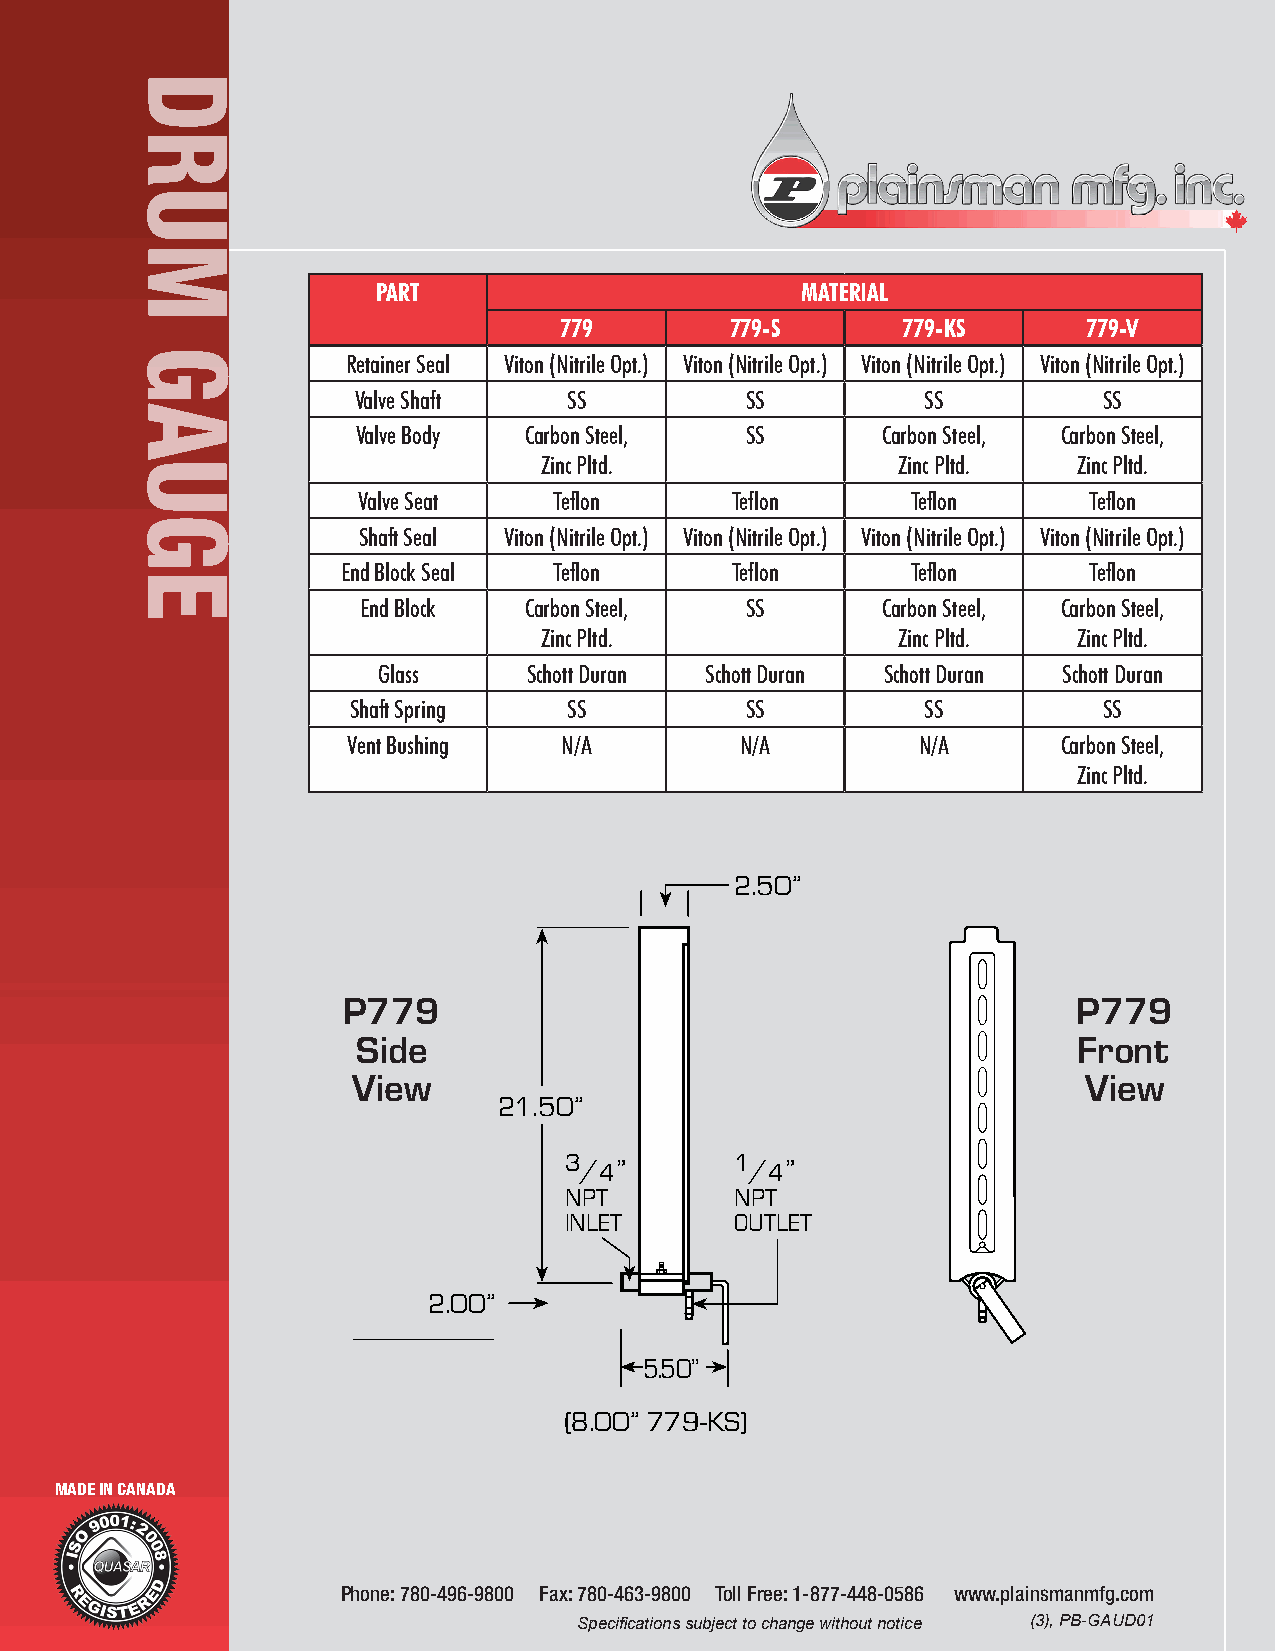
PART                        MATERIAL
 779        779-S       779-KS      779-V
 Retainer Seal Viton (Nitrile Opt.) Viton (Nitrile Opt.) Viton (Nitrile Opt.) Viton (Nitrile Opt.)
 Valve Shaft    SS         SS          SS          SS
 Valve Body Carbon Steel, SS       Carbon Steel, Carbon Steel,
 Zinc Pltd.             Zinc Pltd.  Zinc Pltd.
 Valve Seat   Teflon     Teflon      Teflon      Teflon
 Shaft Seal Viton (Nitrile Opt.) Viton (Nitrile Opt.) Viton (Nitrile Opt.) Viton (Nitrile Opt.)
 End Block Seal Teflon    Teflon      Teflon      Teflon
 End Block  Carbon Steel, SS       Carbon Steel, Carbon Steel,
 Zinc Pltd.             Zinc Pltd.  Zinc Pltd.
 Glass     Schott Duran Schott Duran Schott Duran Schott Duran
 Shaft Spring   SS         SS          SS          SS
 Vent Bushing  N/A         N/A         N/A      Carbon Steel,
 Zinc Pltd.
 2.50”
 P779                                            P779
 Side                                           Front
 View                                             View
 21.50”
 3/4”        1/4”
 NPT         NPT
 INLET       OUTLET
 2.00”
 5.50”
 (8.00” 779-KS)
 MADE IN CANADA
 Phone: 780-496-9800 Fax: 780-463-9800 Toll Free: 1-877-448-0586 www.plainsmanmfg.com
 Specifications subject to change without notice (3), PB-GAUD01
 DRUM
 GAUGE